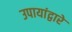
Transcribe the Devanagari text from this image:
उपायांद्वारे